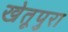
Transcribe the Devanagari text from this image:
खेतूपुरा